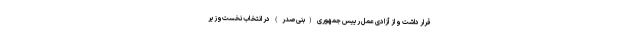
قرار داشت و از آزادی عمل رییس جمهوری (بنی‌صدر) در انتخاب نخست‌وزیر